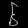
Digit: ၆